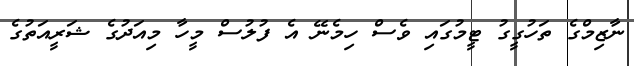
ނާޒިމްގެ ތަހުގީގު ޓީމުގައި ވެސް ހިމެނޭ އެ ފުލުސް މީހާ މިއަދުގެ ޝަރީއަތުގެ